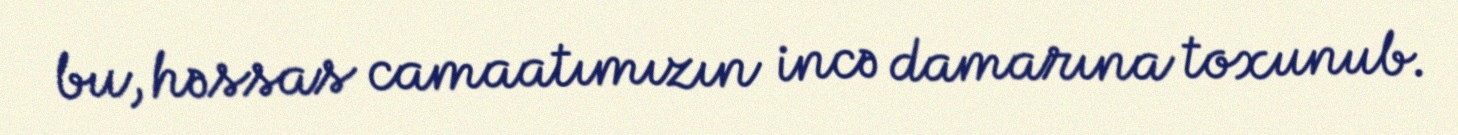
bu, həssas camaatımızın incə damarına toxunub.